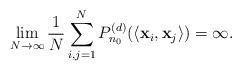
LaTeX: \begin{align*} \lim_{N\to\infty}\frac1N\sum_{i,j=1}^N P_{n_0}^{(d)}(\langle \mathbf{x}_i,\mathbf{x}_j\rangle)=\infty. \end{align*}